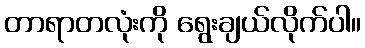
တာရာတလုံးကို ရွေးချယ်လိုက်ပါ။